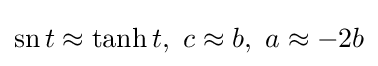
\operatorname {sn} t\approx \tanh t,\ c\approx b,\ a\approx -2b